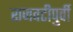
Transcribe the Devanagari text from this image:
राजवटीपुर्वी